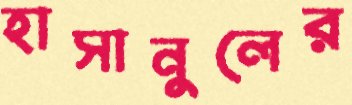
হাসানুলের